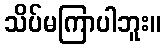
သိပ်မကြာပါဘူး။